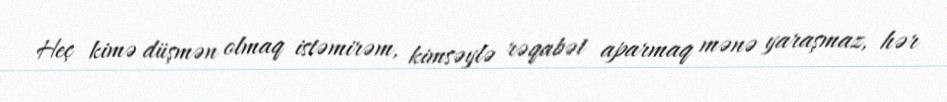
Heç kimə düşmən olmaq istəmirəm, kimsəylə rəqabət aparmaq mənə yaraşmaz, hər